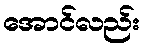
အောင်လည်း